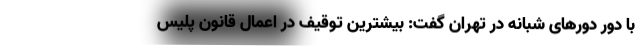
با دور دور‌های شبانه در تهران گفت: بیشترین توقیف در اعمال قانون پلیس